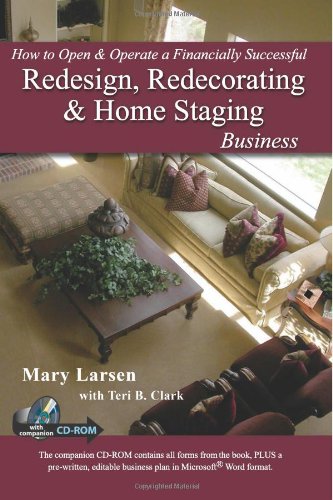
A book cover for How to Open & Operate a Financially Successful Redesign, Redecorating, and Home Staging Business: With Companion CD-ROM; Mary Larsen; Business & Money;